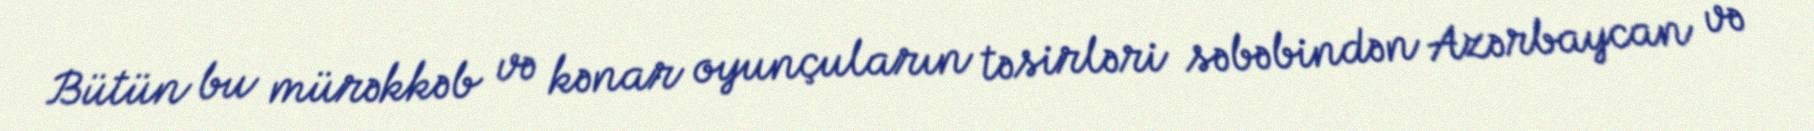
Bütün bu mürəkkəb və kənar oyunçuların təsirləri səbəbindən Azərbaycan və